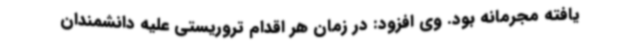
یافته مجرمانه بود. وی افزود: در زمان هر اقدام تروریستی علیه دانشمندان